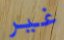
غير